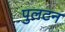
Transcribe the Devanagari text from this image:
पुलटन